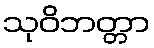
သုဝိဘတ္တာ